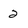
Character: 2